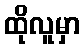
ထိုလူမှာ